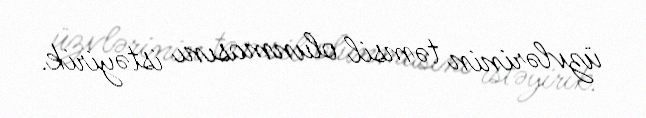
üzvlərinin təmsil olunmasını istəyirik.